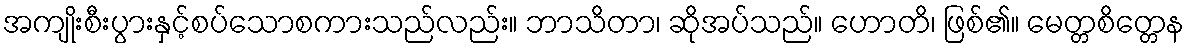
အကျိုးစီးပွားနှင့်စပ်သောစကားသည်လည်း။ ဘာသိတာ၊ ဆိုအပ်သည်။ ဟောတိ၊ ဖြစ်၏။ မေတ္တစိတ္တေန